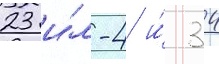
23 и́л-4 и́ 34